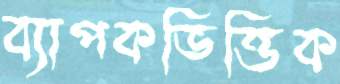
ব্যাপকভিত্তিক